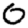
Digit: 0